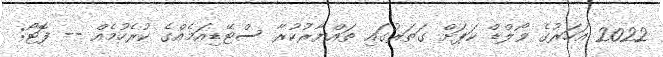
2022 އަހަރުގެ ވޯލްޑް ކަޕަށް ގަތަރުގައި ތައްޔާރުކުރާ ސްޓޭޑިއަމެއްގެ ކުރެހުމެއް -- ފޮޓޯ: